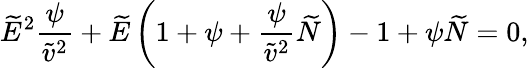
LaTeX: \widetilde{E}^{2}\frac{\psi}{\widetilde{v}^{2}}+\widetilde{E}\left(1+\psi+\frac{\psi}{\widetilde{v}^{2}}\widetilde{N}\right)-1+\psi\widetilde{N}=0,